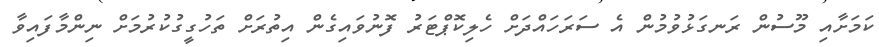
ކަމަށާއި މޫސުން ރަނގަޅުވުމުން އެ ސަރަހައްދަށް ހެލިކޮޕްޓަރު ފޮނުވައިގެން އިތުރަށް ތަހުގީގުކުރުމަށް ނިންމާފައިވާ